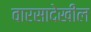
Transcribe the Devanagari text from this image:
वारसादेखील